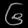
Digit: ၆